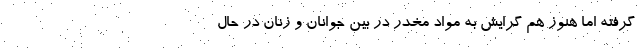
گرفته اما هنوز هم گرایش به مواد مخدر در بین جوانان و زنان در حال